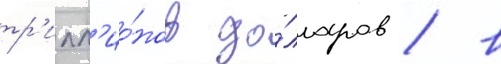
тр'илл'ио́нов до́лларов / в